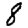
Digit: 8